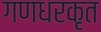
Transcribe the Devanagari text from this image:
गणधरकृत